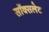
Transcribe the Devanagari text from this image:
सॉक्सलेट